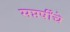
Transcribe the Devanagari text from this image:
सप्तर्षींचे